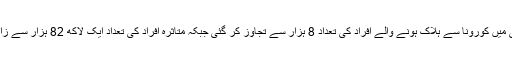
جرمنی میں کورونا سے ہلاک ہونے والے افراد کی تعداد 8 ہزار سے تجاوز کر گئی جبکہ متاثرہ افراد کی تعداد ایک لاکھ 82 ہزار سے زائد ہے۔